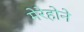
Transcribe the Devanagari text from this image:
मेरेहोने